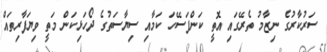
ސަރުކާރުގެ ނިޒާމު ތެރޭގައި އޮތީ ކަންފަސޭހަ ކަމާއި ސިޔާސަތުގެ ދޯހަޅިކަން މަތީ ވިޔަފާރިތައް